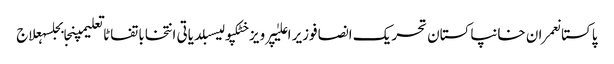
پاکستانعمران خانپاکستان تحریک انصافوزیر اعلیٰپرویز خٹکپولیسبلدیاتی انتخاباتفاٹاتعلیمپنجابجلسہعلاج